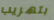
بتهريب